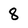
Character: 8